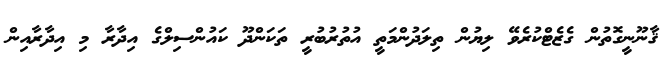
ޤާނޫނީގޮތުން ގެޒެޓްކުރެވޭ ލިޔުން ތިލަދުންމަތީ އުތުރުބުރީ ތަކަންދޫ ކައުންސިލްގެ އިދާރާ މި އިދާރާއިން